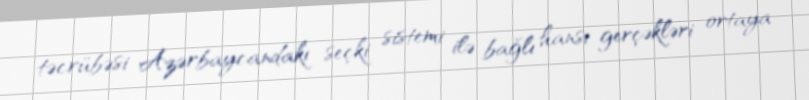
təcrübəsi Azərbaycandakı seçki sistemi ilə bağlı hansı gerçəkləri ortaya